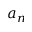
a _ { n }